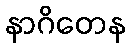
နာဂိတေန